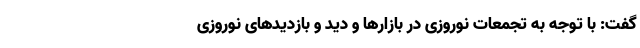
گفت: با توجه به تجمعات نوروزی در بازار‌ها و دید و بازدید‌های نوروزی